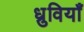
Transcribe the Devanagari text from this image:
ध्रुवियाँ